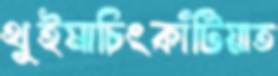
থুইমাচিংকাঁটিয়াত